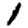
Digit: 1